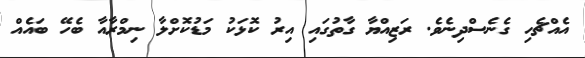
އެއްޗެހި ގެނެސްދިނެވެ. ރަޒިއްޔާ ގާތުގައި އިރު ކޮޅަކު މަޑުކޮށްލާ ނިމްރާއާ ބެހޭ ބައެއް